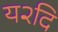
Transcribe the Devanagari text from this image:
य२दि